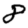
Digit: 8